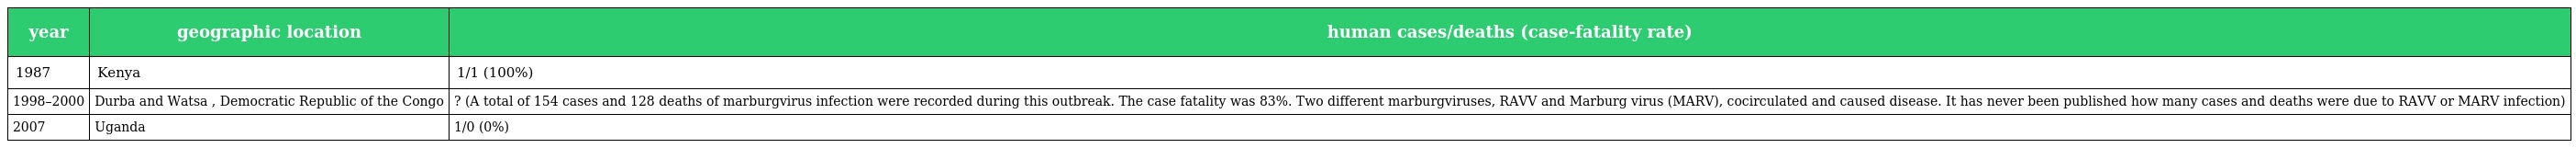
| year | geographic location | human cases/deaths (case-fatality rate) |
 | --- | --- | --- |
 | 1987 | Kenya | 1/1 (100%) |
 | 1998–2000 | Durba and Watsa , Democratic Republic of the Congo | ? (A total of 154 cases and 128 deaths of marburgvirus infection were recorded during this outbreak. The case fatality was 83%. Two different marburgviruses, RAVV and Marburg virus (MARV), cocirculated and caused disease. It has never been published how many cases and deaths were due to RAVV or MARV infection) |
 | 2007 | Uganda | 1/0 (0%) |